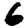
Digit: 6